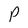
Character: P